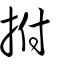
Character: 拊